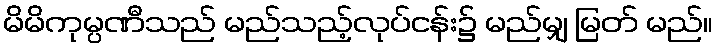
မိမိကုမ္ပဏီသည် မည်သည့်လုပ်ငန်း၌ မည်မျှ မြတ် မည်။